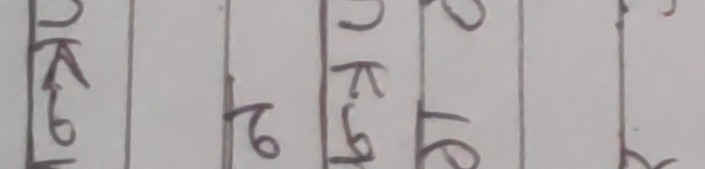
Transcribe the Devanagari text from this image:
उ के मो २ उ के मो १ ६ ८ ८०